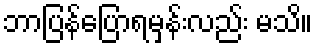
ဘာပြန်ပြောရမှန်းလည်း မသိ။